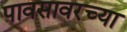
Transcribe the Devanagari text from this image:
पावसावरच्या